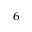
^ 6